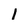
Character: l